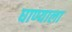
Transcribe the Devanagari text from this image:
घाण्याला